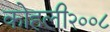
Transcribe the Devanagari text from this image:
कोहली२००८